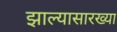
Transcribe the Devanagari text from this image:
झाल्यासारख्या